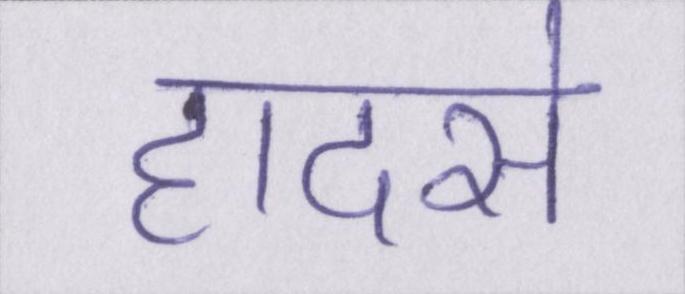
हादसे